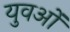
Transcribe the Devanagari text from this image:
युवओं